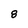
Character: 8